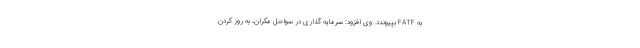
به FATF بپیوندد. وی افزود: سرمایه گذاری در سواحل مکران، به روز کردن